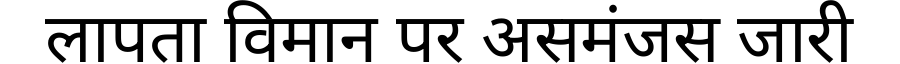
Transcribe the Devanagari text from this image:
लापता विमान पर असमंजस जारी